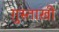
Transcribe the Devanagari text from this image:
ग़ुस्ताख़ी